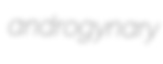
androgynary